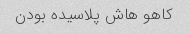
کاهو هاش پلاسیده بودن